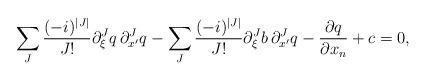
LaTeX: \begin{align*} \sum_{J} \frac{(-i)^{|J|}}{J !} \partial_{\xi}^{J}q \, \partial_{x^\prime}^{J}q - \sum_{J} \frac{(-i)^{|J|}}{J !} \partial_{\xi}^{J}b \, \partial_{x^\prime}^{J}q - \frac{\partial q}{\partial x_n} + c = 0,\end{align*}